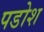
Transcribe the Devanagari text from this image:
पडोश